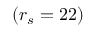
( r _ { s } = 2 2 )